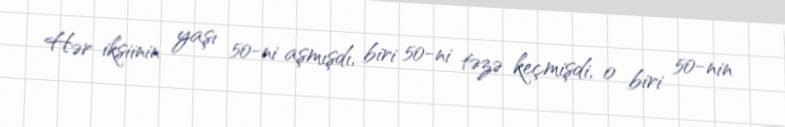
Hər iksiinin yaşı 50-ni aşmışdı, biri 50-ni təzə keçmişdi, o biri 50-nin